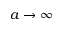
a \rightarrow \infty